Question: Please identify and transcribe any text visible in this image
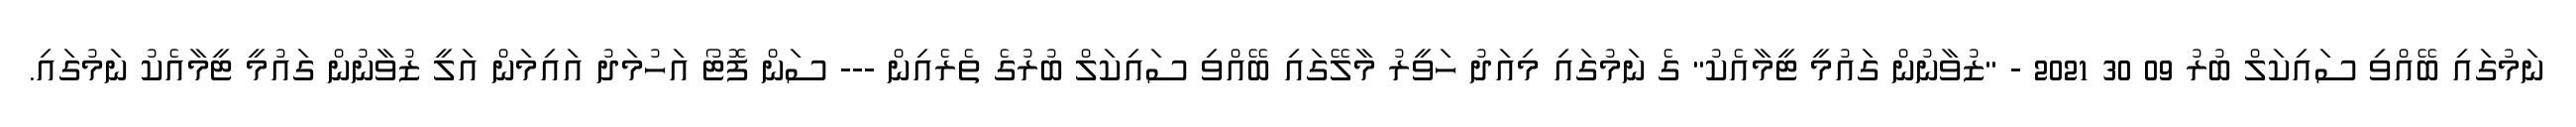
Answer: ނަމުގައި ބޭއްވި ސައިކަލް ބުރު 09 30 2021 - "ޒުވާނުން ގައުމީ ޓީމާއެކު" ގެ ނަމުގައި މިއަދު ހަވީރު މާލޭގައި ބޭއްވި ސައިކަލް ބުރުގެ ތެރެއިން --- ސަން ފޮޓޯ އަހުމަދު އައިމަން އަލީ ޒުވާނުން ގައުމީ ޓީމާއެކު ނަމުގައި.